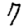
Digit: 7